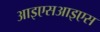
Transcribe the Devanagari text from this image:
आइएसआइएस